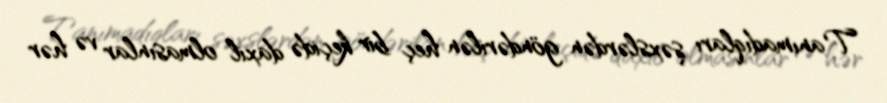
Tanımadıqları şəxslərdən göndərilən heç bir keçidə daxil olmasınlar və hər